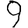
Digit: 9